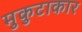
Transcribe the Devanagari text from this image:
मुकुटाकार